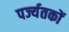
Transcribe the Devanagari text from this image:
पर्ज्यतकों